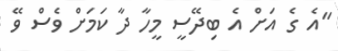
"އެ ގެ އަށް އެ ބިދޭސީ މީހާ ދާ ކަމަށް ވެސް ވޭ